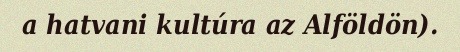
a hatvani kultúra az Alföldön).